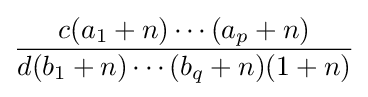
{\frac {c(a_{1}+n)\cdots (a_{p}+n)}{d(b_{1}+n)\cdots (b_{q}+n)(1+n)}}